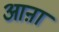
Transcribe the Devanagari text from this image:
आऩा